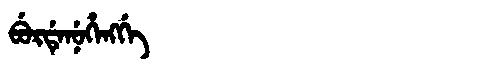
Manchu: ᠪᡠᡵᡩᡝᠨᡠᡥᡝᠩᡤᡝ
Romanization: BURDENUHENGGE